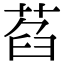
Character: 萏